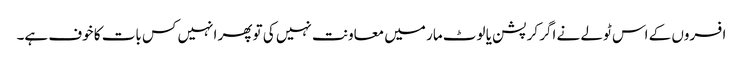
افسروں کے اس ٹولے نے اگر کرپشن یا لوٹ مار میں معاونت نہیں کی تو پھر انہیں کس بات کا خوف ہے۔